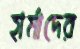
হার্মাদের